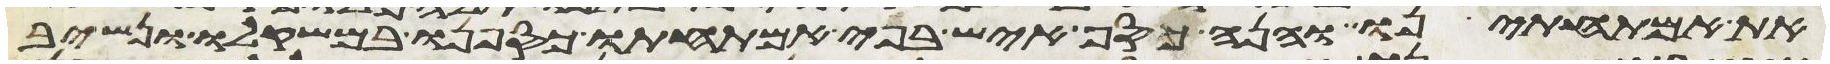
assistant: את אמתחתינו והנה כסף איש בפי אמתחתו כספנו במשקלו ונשיב